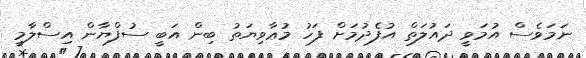
ނަމަވެސް އުމަވީ ދައުލަތް އުފެދުމަށް ފަހު މުޢާވިޔަތު ބިން އަބީ ސުފްޔާން އިސްލާމީ